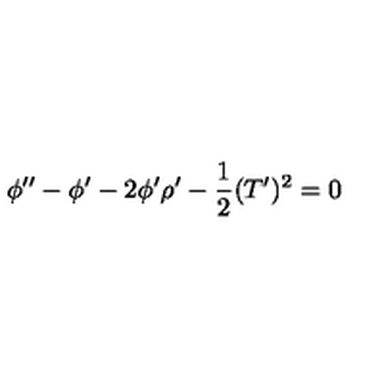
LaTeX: \phi ^ { \prime \prime } - \phi ^ { \prime } - 2 \phi ^ { \prime } \rho ^ { \prime } - \frac { 1 } { 2 } ( T ^ { \prime } ) ^ { 2 } = 0